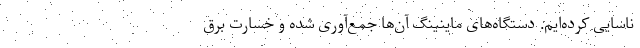
ناسایی کرده‌ایم. دستگاه‌های ماینینگ آن‌ها جمع‌آوری شده و خسارت برق